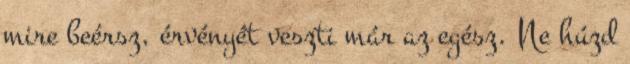
mire beérsz, érvényét veszti már az egész. Ne húzd